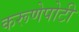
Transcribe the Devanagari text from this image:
करूणेपोटी